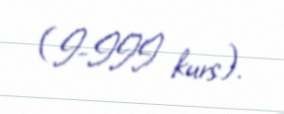
(I-III kurs).